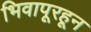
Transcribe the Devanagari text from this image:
भिवापूरहून